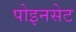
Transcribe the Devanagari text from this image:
पोइनसेट